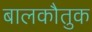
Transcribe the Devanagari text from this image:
बालकौतुक